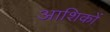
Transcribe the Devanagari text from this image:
आशिकों